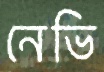
নেভি